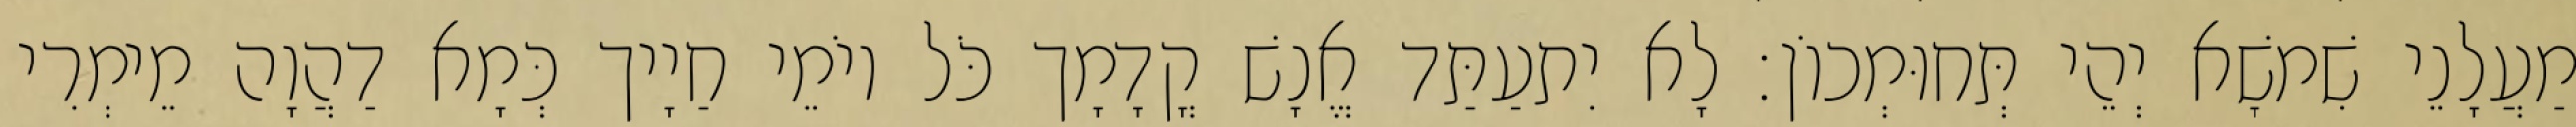
מַעֲלָנֵי שִׁמשָׁא יְהֵי תְּחוּמְכוֹן׃ לָא יִתעַתַּד אֱנָשׁ קֳדָמָך כֹּל יוֹמֵי חַיָיך כְּמָא דַהֲוָה מֵימְרִי